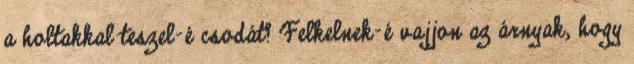
a holtakkal teszel-é csodát? Felkelnek-é vajjon az árnyak, hogy